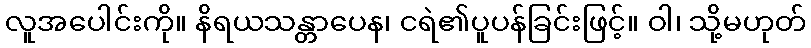
လူအပေါင်းကို။ နိရယသန္တာပေန၊ ငရဲ၏ပူပန်ခြင်းဖြင့်။ ဝါ၊ သို့မဟုတ်